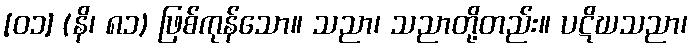
[၀၁] (နိ၊ ၈၁) ဖြစ်ကုန်သော။ သညာ၊ သညာတို့တည်း။ ပဋိဃသညာ၊